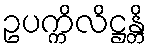
ဥပက္ကိလိဋ္ဌန္တိ